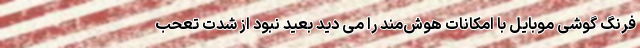
فرنگ گوشی موبایل با امکانات هوش‌مند را می دید بعید نبود از شدت تعحب